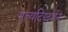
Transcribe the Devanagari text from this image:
नॄत्यदिग्दर्शन